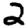
Digit: 2